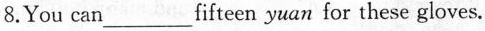
8.You can ___ fifteen yuan for these gloves.